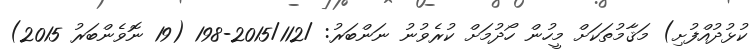
ކުޅުދުއްފުށި) މަޤާމުތަކަށް މީހުން ހޯދުމަށް ކުރެވުނު ނަންބަރު: /2015/112-198 (19 ނޮވެންބަރު 2015)